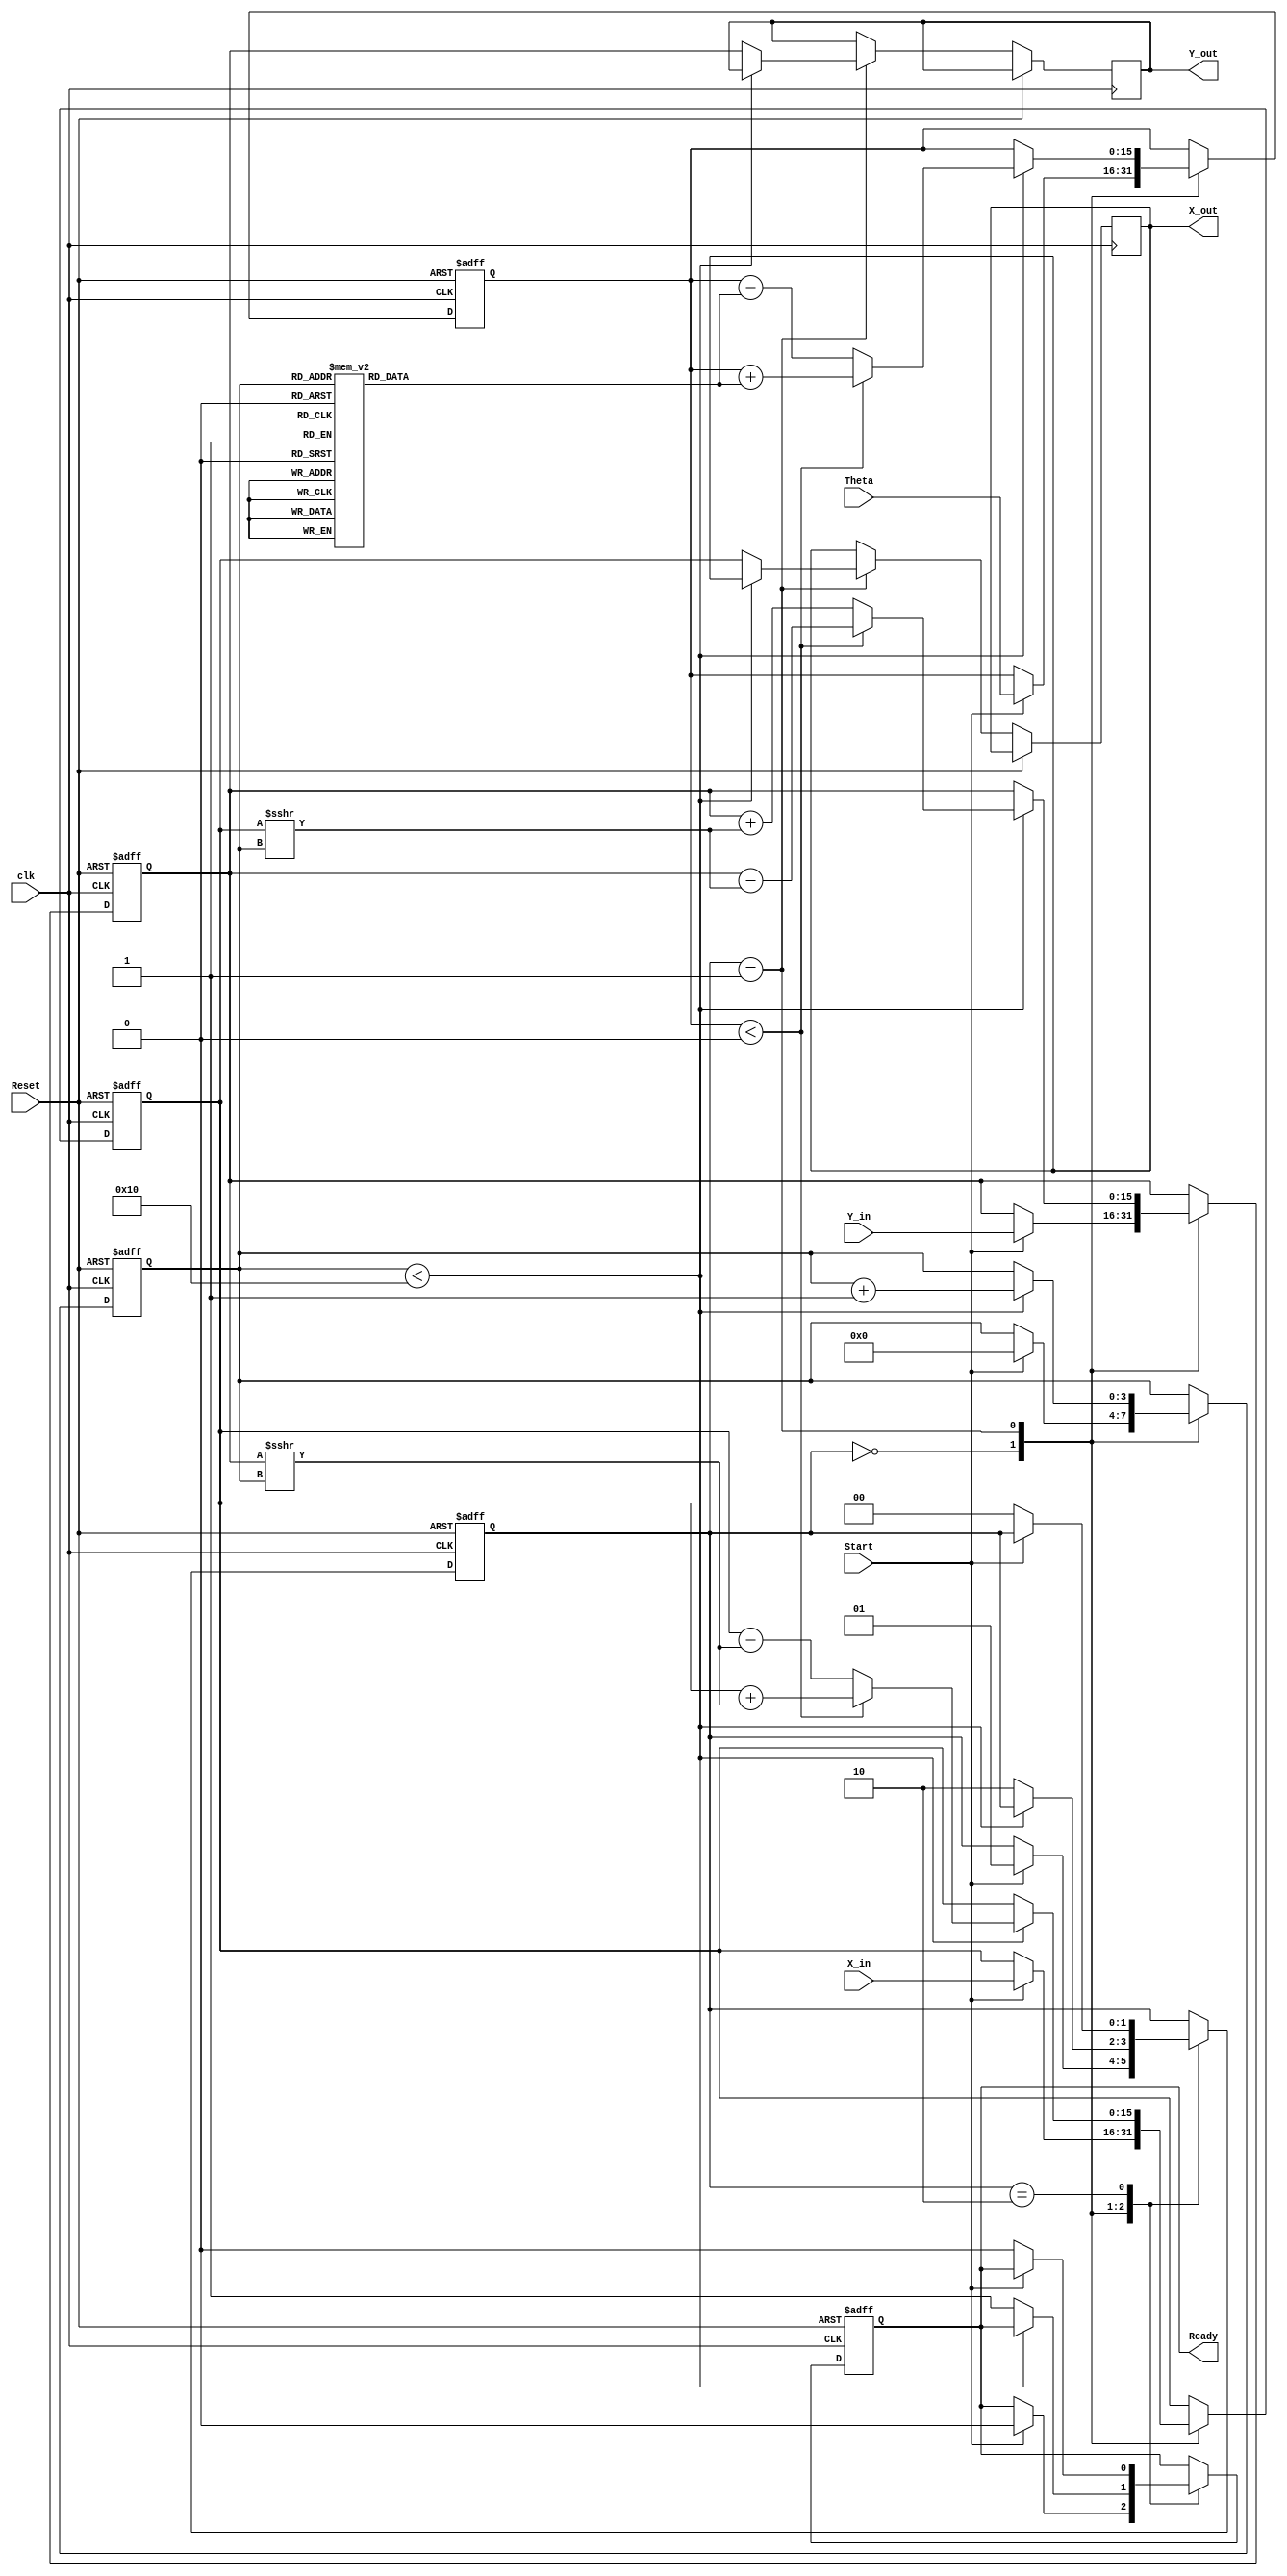
module CORDIC_2D (
    input wire signed [15:0] X_in,     // Input x-coordinate
    input wire signed [15:0] Y_in,     // Input y-coordinate
    input wire signed [15:0] Theta,     // Angle of rotation
    input wire Start,                   // Start signal
    input wire Reset,                   // Asynchronous reset
    input wire clk,                     // Clock signal
    output reg signed [15:0] X_out,     // Output x-coordinate
    output reg signed [15:0] Y_out,     // Output y-coordinate
    output reg Ready                    // Output valid signal
);

    // Constants
    parameter MAX_ITERATIONS = 16;     // Maximum iterations
    reg signed [15:0] atan_table [0:15]; // Lookup table for arctangent values
    initial begin
        atan_table[0] = 16'h2000; // atan(1) = 45 degrees in fixed-point
        atan_table[1] = 16'h12D4; // atan(0.5)
        atan_table[2] = 16'h0A3D; // atan(0.25)
        atan_table[3] = 16'h0519; // atan(0.125)
        atan_table[4] = 16'h028A; // atan(0.0625)
        atan_table[5] = 16'h0145; // atan(0.03125)
        atan_table[6] = 16'h00A2; // atan(0.015625)
        atan_table[7] = 16'h0051; // atan(0.0078125)
        atan_table[8] = 16'h0028; // atan(0.00390625)
        atan_table[9] = 16'h0014; // atan(0.001953125)
        atan_table[10] = 16'h000A; // atan(0.0009765625)
        atan_table[11] = 16'h0005; // atan(0.00048828125)
        atan_table[12] = 16'h0002; // atan(0.000244140625)
        atan_table[13] = 16'h0001; // atan(0.0001220703125)
        atan_table[14] = 16'h0000; // atan(0)
        atan_table[15] = 16'hFFFF; // atan(-1) = -45 degrees
    end

    // Internal registers
    reg signed [15:0] X_reg, Y_reg;    // Current x and y values
    reg signed [15:0] Theta_reg;        // Current angle
    reg [3:0] Iteration_count;          // Iteration counter
    reg [1:0] state;                    // State variable

    // State encoding
    localparam IDLE = 2'b00,
               RUN = 2'b01,
               DONE = 2'b10;

    // Sequential logic
    always @(posedge clk or posedge Reset) begin
        if (Reset) begin
            X_reg <= 0;
            Y_reg <= 0;
            Theta_reg <= 0;
            Iteration_count <= 0;
            Ready <= 0;
            state <= IDLE;
        end else begin
            case (state)
                IDLE: begin
                    if (Start) begin
                        // Initialize values
                        X_reg <= X_in;
                        Y_reg <= Y_in;
                        Theta_reg <= Theta;
                        Iteration_count <= 0;
                        Ready <= 0;
                        state <= RUN;
                    end
                end

                RUN: begin
                    if (Iteration_count < MAX_ITERATIONS) begin
                        // CORDIC rotation
                        if (Theta_reg < 0) begin
                            // Perform clockwise rotation
                            X_reg <= X_reg + (Y_reg >>> Iteration_count);
                            Y_reg <= Y_reg - (X_reg >>> Iteration_count);
                            Theta_reg <= Theta_reg + atan_table[Iteration_count];
                        end else begin
                            // Perform counterclockwise rotation
                            X_reg <= X_reg - (Y_reg >>> Iteration_count);
                            Y_reg <= Y_reg + (X_reg >>> Iteration_count);
                            Theta_reg <= Theta_reg - atan_table[Iteration_count];
                        end
                        Iteration_count <= Iteration_count + 1;
                    end else begin
                        // Finished iterations
                        X_out <= X_reg;
                        Y_out <= Y_reg;
                        Ready <= 1;
                        state <= DONE;
                    end
                end

                DONE: begin
                    if (!Start) begin
                        // Reset state
                        Ready <= 0;
                        state <= IDLE;
                    end
                end
            endcase
        end
    end

endmodule